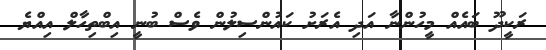
ރަކީދޫ ބައެއް މީހުންނާ އަދި އެރަށު ކައުންސިލުން ވެސް ބުނީ އިބްތިހާލް އިއްޔެ